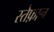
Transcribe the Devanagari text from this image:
स्तेफ़ान